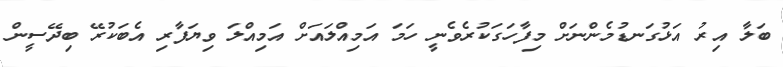
ބަލާ އިރު އަޅުގަނޑުމެންނަށް މިފާހަގަކުރެވެނީ ހަމަ އަމިއްލައަށް އަމިއްލަ ވިޔަފާރި އެބަކުރޭ ބިދޭސީން